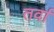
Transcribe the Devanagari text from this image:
तर्वा